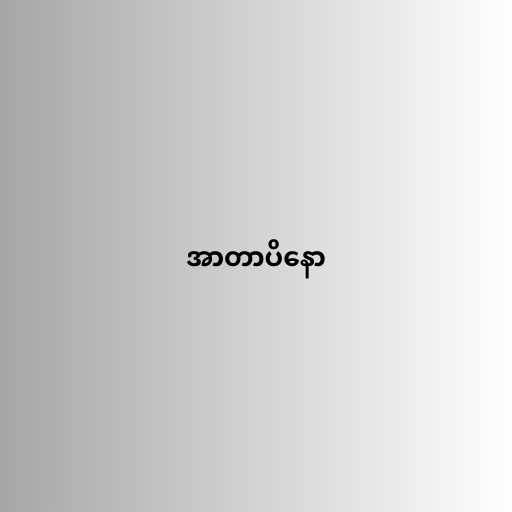
အာတာပိနော